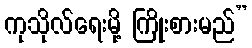
ကုသိုလ်ရေးမို့ ကြိုးစားမည်”